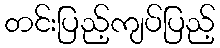
တင်းပြည့်ကျပ်ပြည့်